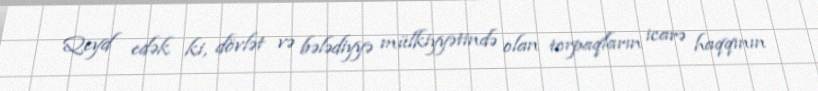
Qeyd edək ki, dövlət və bələdiyyə mülkiyyətində olan torpaqların icarə haqqının